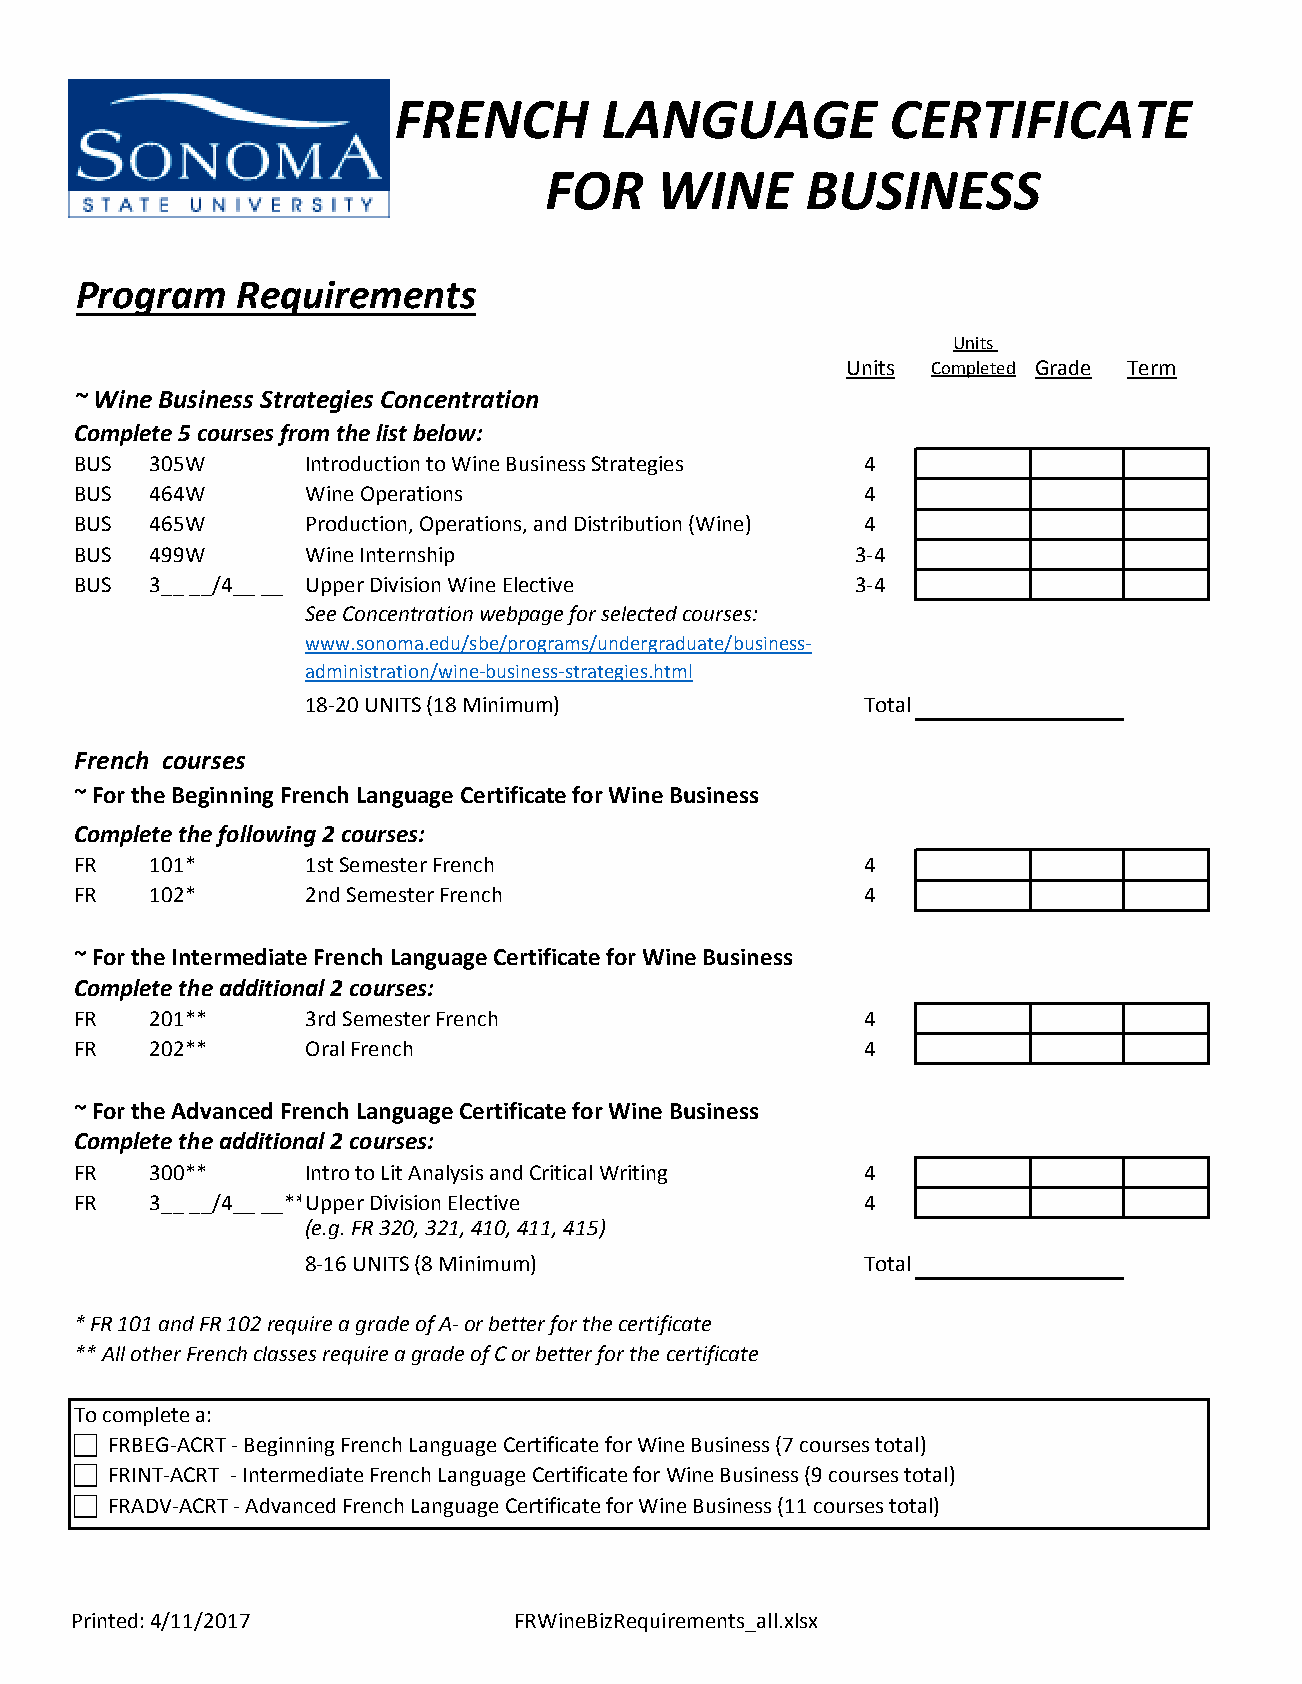
FRENCH        LANGUAGE           CERTIFICATE
 FOR    WINE      BUSINESS
 Program    Requirements
 Units
 Units Completed Grade Term
 ~ Wine Business Strategies Concentration
 Complete 5 courses from the list below:
 BUS  305W      Introduction to Wine Business Strategies 4
 BUS  464W      Wine Operations                      4
 BUS  465W      Production, Operations, and Distribution (Wine) 4
 BUS  499W      Wine Internship                      3-4
 BUS  3__ __/4__ __ Upper Division Wine Elective     3-4
 See Concentration webpage for selected courses:
 www.sonoma.edu/sbe/programs/undergraduate/business-
 administration/wine-business-strategies.html
 18-20 UNITS (18 Minimum)             Total
 French courses
 ~ For the Beginning French Language Certificate for Wine Business
 Complete the following 2 courses:
 FR   101*      1st Semester French                  4
 FR   102*      2nd Semester French                  4
 ~ For the Intermediate French Language Certificate for Wine Business
 Complete the additional 2 courses:
 FR   201**     3rd Semester French                  4
 FR   202**     Oral French                          4
 ~ For the Advanced French Language Certificate for Wine Business
 Complete the additional 2 courses:
 FR   300**     Intro to Lit Analysis and Critical Writing 4
 FR   3__ __/4__ __**Upper Division Elective         4
 (e.g. FR 320, 321, 410, 411, 415)
 8-16 UNITS (8 Minimum)               Total
 * FR 101 and FR 102 require a grade of A- or better for the certificate
 ** All other French classes require a grade of C or better for the certificate
 To complete a:
  FRBEG-ACRT - Beginning French Language Certificate for Wine Business (7 courses total)
  FRINT-ACRT - Intermediate French Language Certificate for Wine Business (9 courses total)
  FRADV-ACRT - Advanced French Language Certificate for Wine Business (11 courses total)
 Printed: 4/11/2017           FRWineBizRequirements_all.xlsx